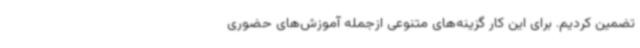
تضمین کردیم. برای این کار گزینه‌های متنوعی ازجمله آموزش‌های حضوری